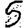
Digit: 5